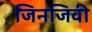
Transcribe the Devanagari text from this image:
जिनजिवी